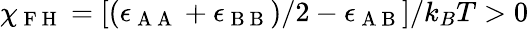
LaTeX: \chi_{\mathrm{~F~H~}}=[(\epsilon_{\mathrm{~A~A~}}+\epsilon_{\mathrm{~B~B~}})/2-\epsilon_{\mathrm{~A~B~}}]/k_{B}T>0